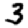
Digit: 3